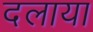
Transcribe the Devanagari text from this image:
दलाया